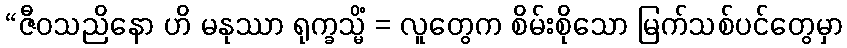
“ဇီဝသညိနော ဟိ မနုဿာ ရုက္ခသ္မိံ = လူတွေက စိမ်းစိုသော မြက်သစ်ပင်တွေမှာ